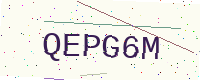
Text: QEPG6M